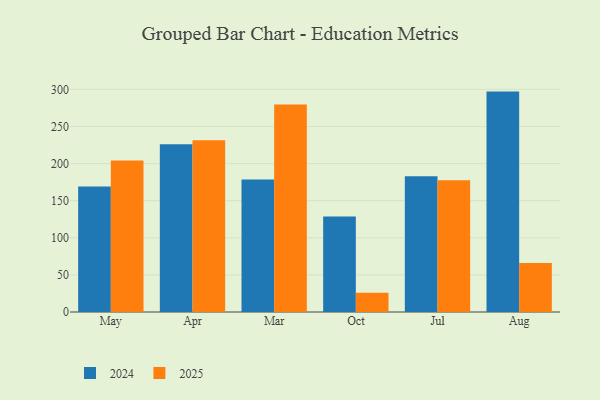
{"axis": {"x": "Month", "y": "Latency (ms)"}, "legend": ["2024", "2025"], "data": [{"x": "May", "y": 204.0, "type": "2025"}, {"x": "May", "y": 169.2, "type": "2024"}, {"x": "Apr", "y": 231.6, "type": "2025"}, {"x": "Apr", "y": 225.9, "type": "2024"}, {"x": "Mar", "y": 279.5, "type": "2025"}, {"x": "Mar", "y": 178.4, "type": "2024"}, {"x": "Oct", "y": 25.9, "type": "2025"}, {"x": "Oct", "y": 128.6, "type": "2024"}, {"x": "Jul", "y": 177.5, "type": "2025"}, {"x": "Jul", "y": 183.0, "type": "2024"}, {"x": "Aug", "y": 66.0, "type": "2025"}, {"x": "Aug", "y": 297.0, "type": "2024"}]}